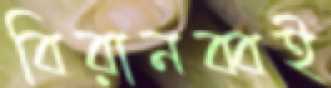
বিরানব্বই